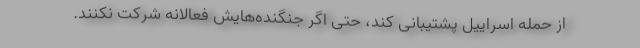
از حمله اسراییل پشتیبانی کند، حتی اگر جنگنده‌هایش فعالانه شرکت نکنند.